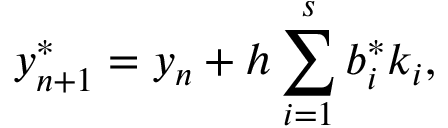
y _ { n + 1 } ^ { * } = y _ { n } + h \sum _ { i = 1 } ^ { s } b _ { i } ^ { * } k _ { i } ,